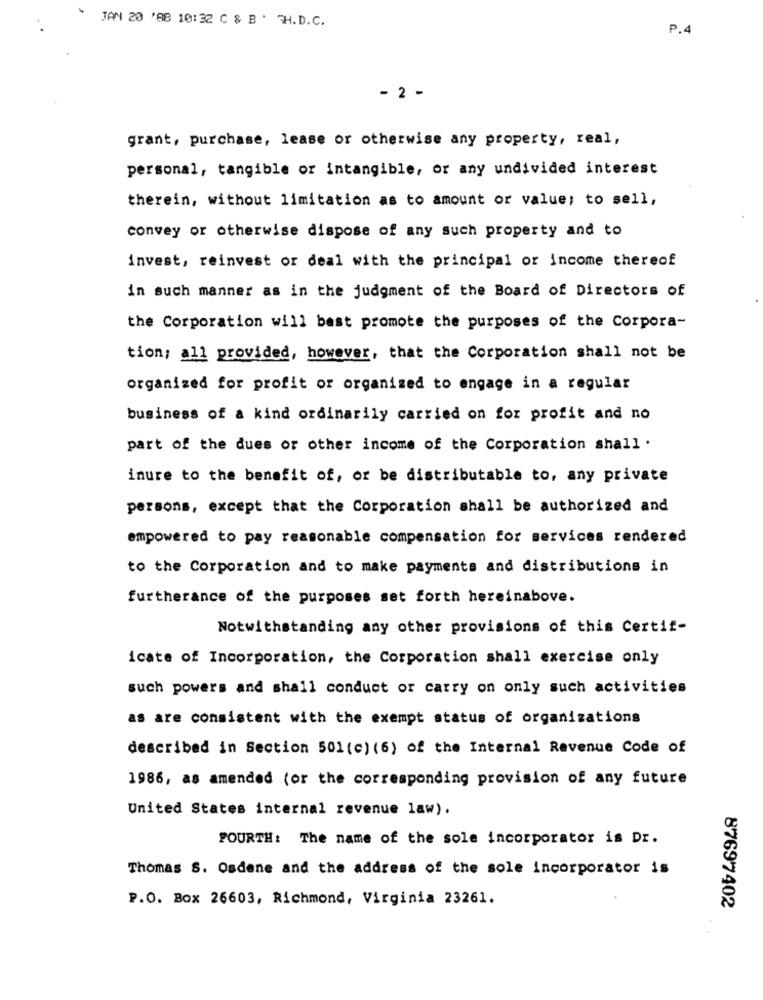
JAN 20 '88 10:32 C & B . TH.D.C.
P.4
- 2 -
grant, purchase, lease or otherwise any property, real,
personal, tangible or intangible, or any undivided interest
therein, without limitation as to amount or value; to sell,
convey or otherwise dispose of any such property and to
invest, reinvest or deal with the principal or income thereof
in such manner as in the judgment of the Board of Directors of
the Corporation will best promote the purposes of the Corpora-
tion; all provided, however, that the Corporation shall not be
organized for profit or organized to engage in a regular
business of a kind ordinarily carried on for profit and no
part of the dues or other income of the Corporation shall .
inure to the benefit of, or be distributable to, any private
persons, except that the Corporation shall be authorized and
empowered to pay reasonable compensation for services rendered
to the Corporation and to make payments and distributions in
furtherance of the purposes set forth hereinabove.
Notwithstanding any other provisions of this Certif-
icate of Incorporation, the Corporation shall exercise only
such powers and shall conduct or carry on only such activities
as are consistent with the exempt status of organizations
described in Section 501 (c) (6) of the Internal Revenue Code of
1986, as amended (or the corresponding provision of any future
United States internal revenue law) .
FOURTH: The name of the sole incorporator is Dr.
Thomas S. Osdene and the address of the sole incorporator is
P.O. Box 26603, Richmond, Virginia 23261.
87697402